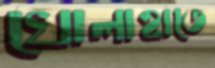
খোলাহাতে